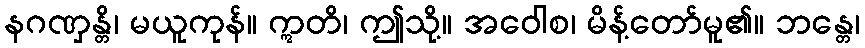
နဂဏှန္တိ၊ မယူကုန်။ ဣတိ၊ ဤသို့။ အဝေါစ၊ မိန့်တော်မူ၏။ ဘန္တေ၊